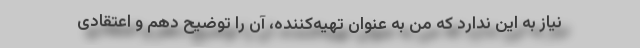
نیاز به این ندارد که من به عنوان تهیه‌کننده، آن را توضیح دهم و اعتقادی